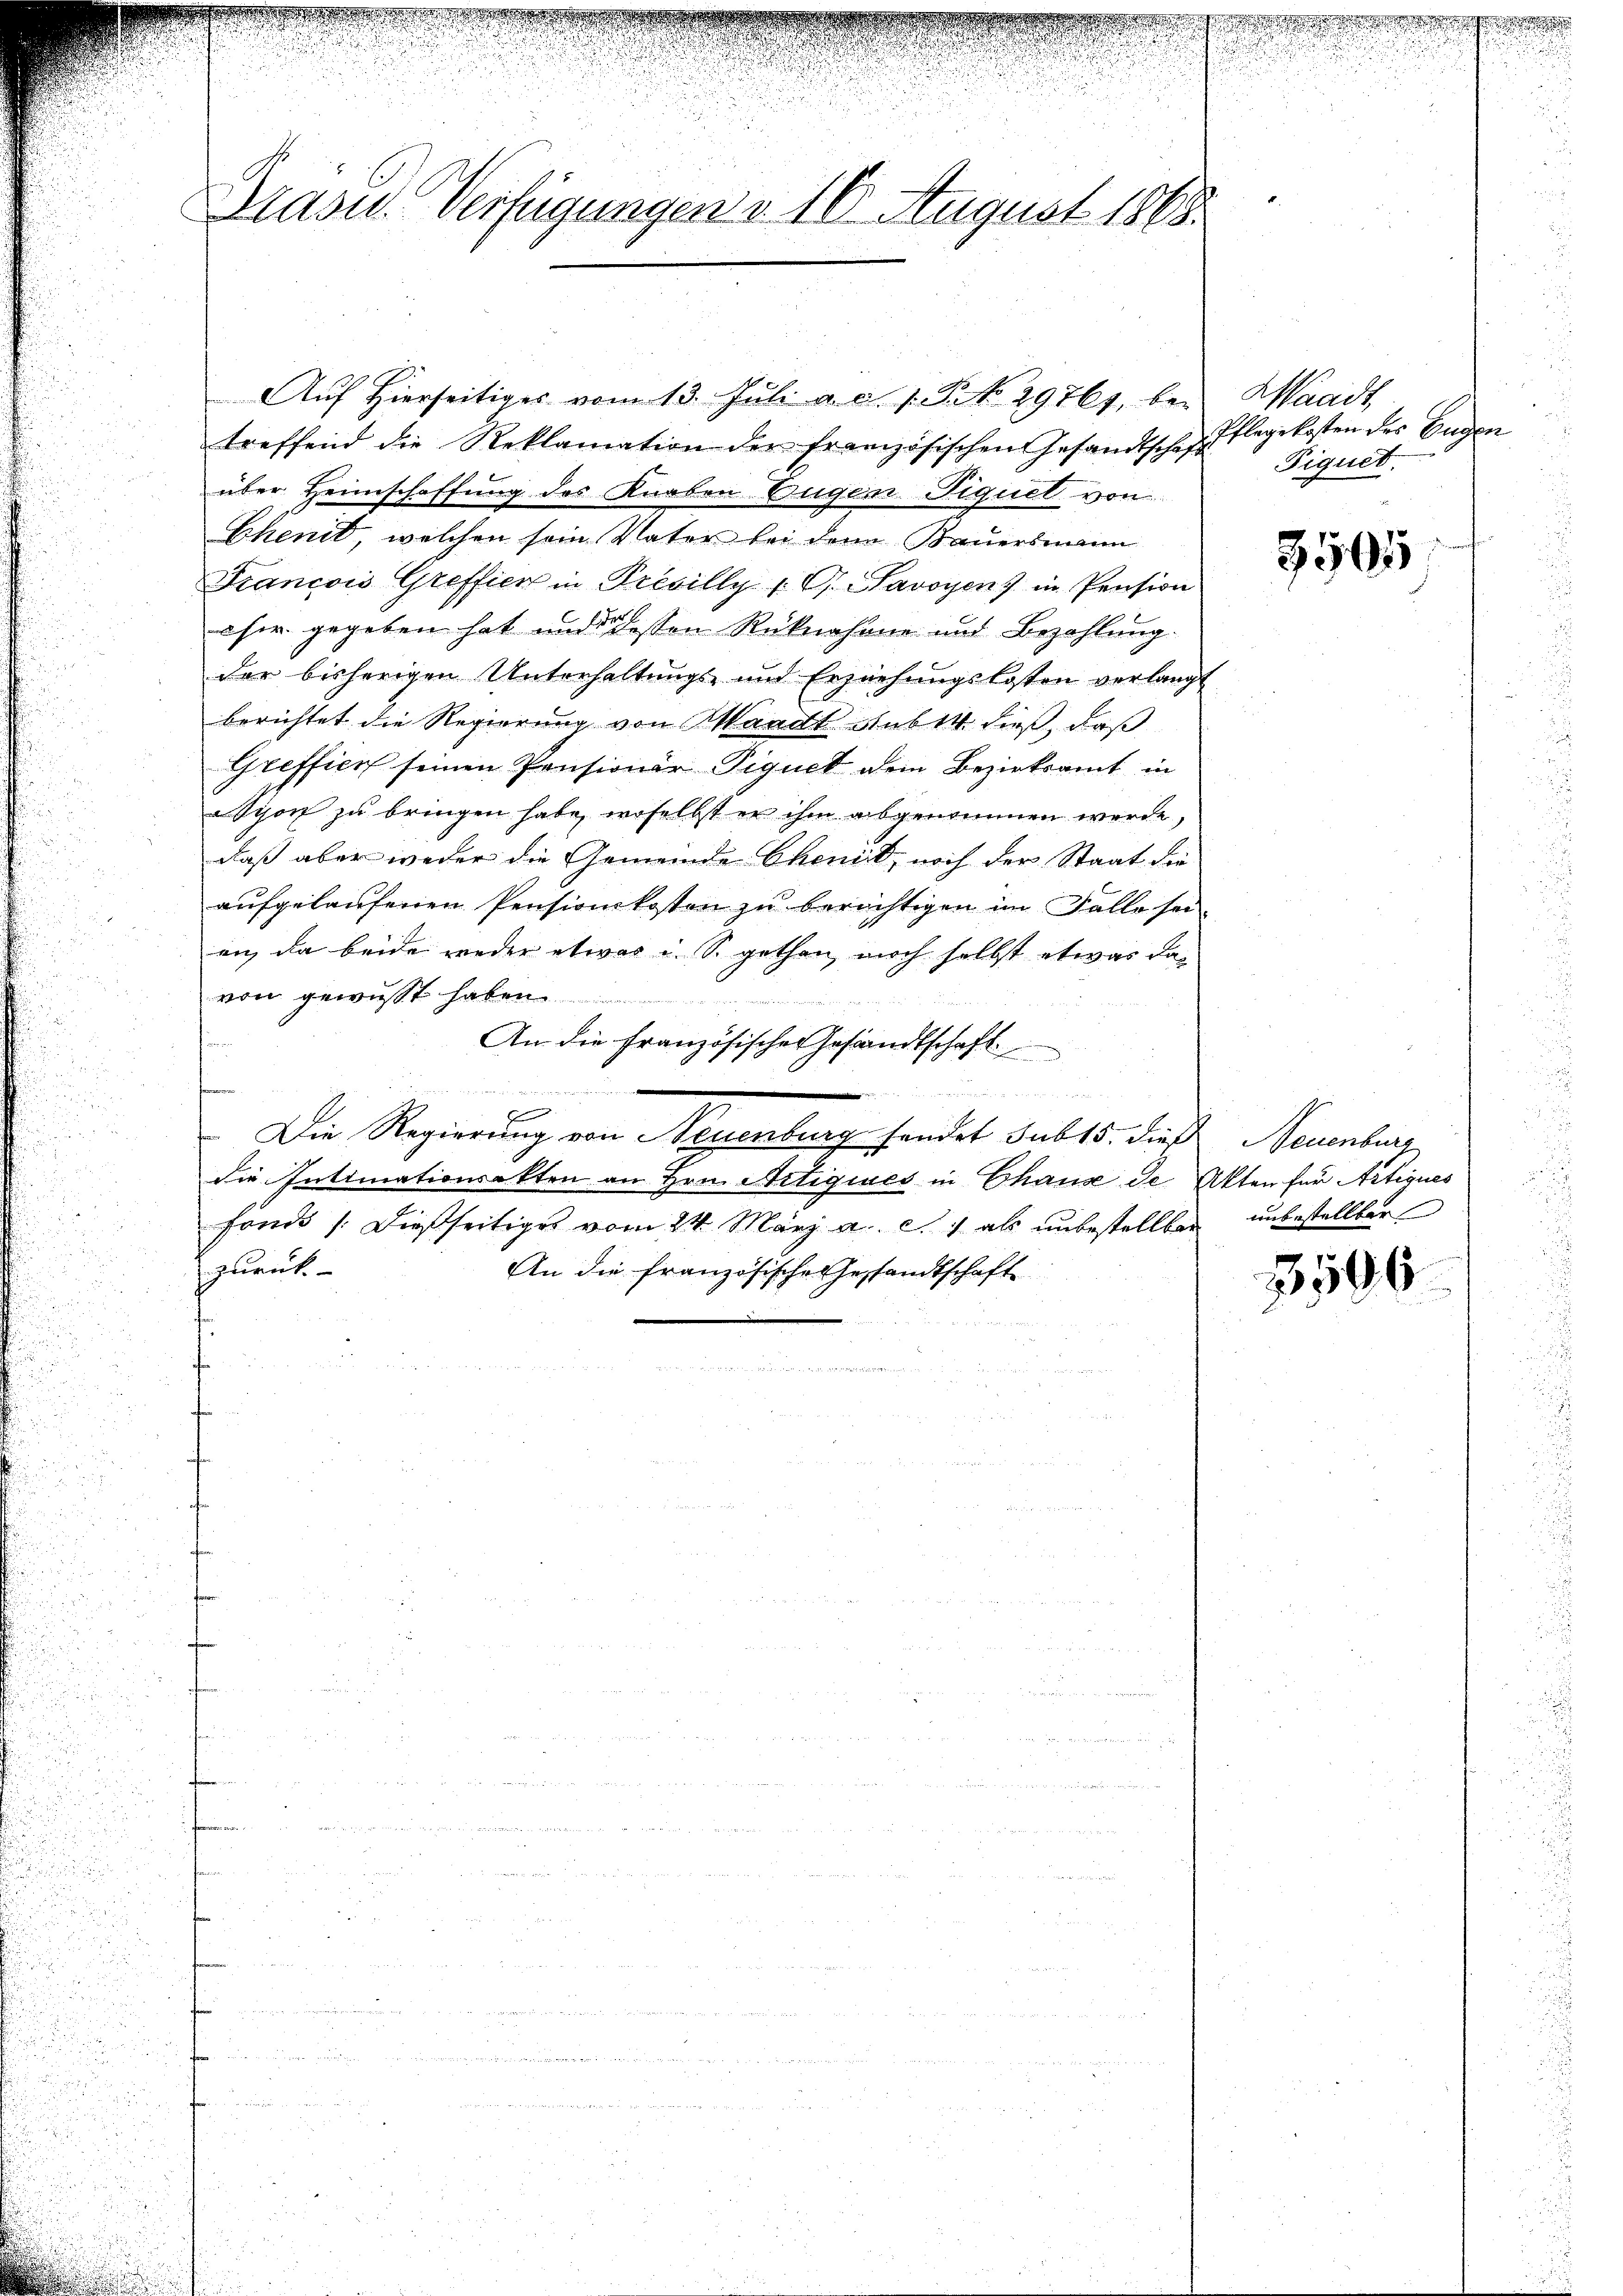
.
Drasu Verfügungen v. 16 August 1868

Aŭf Hierseitiges vom 13. Jŭli a. d. 1. No. 29761, bei
treffend die Reklamation der französischen Gesandtschaft Pignet.
über Heimschaffung des Knaben Eugen Fiquel von
Chend, welchen sein Vater bei den Bauersmann
Francois Greffier in Previlly v. G. Savoyens in Pension
oher gegeben hat und dessen Rücknahane und Bezahlung.
der bisherigen Unterhaltŭngs- und Erziehŭngskosten verlangt
berichtet die Regierung von Waadt sub 14 dieß, daß
Greffien seinen Pensionär Piquet dem Bezirksamt in
sion zu bringen habe, woselbst er ihm abgenommen werde,
daß aber weder die Gemeinde Chenik, noch der Staat die
aufgelaufenen Pensionskosten zu berichtigen im Falle seian, da beide weder etwas i. So gethan, noch selbst etwas davon gewusst haben
An die Französischer Gesandtschaft
fra
n

c
Die Regierung von Neuenburg handet sub 15. dies Neuenburg
die Satimationsakten an Hrn. Artiques in Chaux de Akten für Artiques
fonds /:Dießseitiges vom 24. März a. c. als unbestellbar unbestellter
zurück
An die französische Gesandtschaft

d

Waadt,
Pflegekosten des Eugen

3505

3506

wonach einer